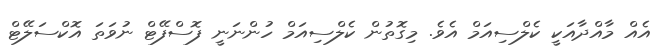
އެއް މާއްދާއަކީ ކެލްސިއަމް އެވެ. މިގޮތުން ކެލްސިއަމް ހުންނަނީ ފޮސްފޭޓް ނުވަތަ އޮކްސަލޭޓް